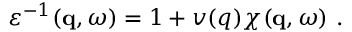
\begin{array} { r } { \varepsilon ^ { - 1 } ( \mathbf { q } , \omega ) = 1 + v ( q ) \chi ( \mathbf { q } , \omega ) \ . } \end{array}